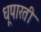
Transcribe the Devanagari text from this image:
धूपारती